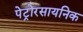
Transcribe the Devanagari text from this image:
पेट्रोरसायनिक